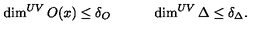
\dim ^ { U V } O ( x ) \leq \delta _ { O } \qquad \quad \dim ^ { U V } \Delta \leq \delta _ { \Delta } .